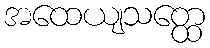
အထေယျသတ္ထေ